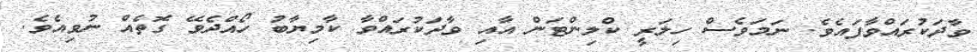
ވާދަކުރައްވާފައެވެ. ނަމަވެސް ހިލަރީ ކްލިންޓަން އާއި ވާދަކުރައްވާ ކާމިޔާބު ހޯއްދެވޭ ގޮތެއް ނުވިއެވެ.